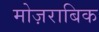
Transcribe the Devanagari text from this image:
मोज़राबिक